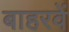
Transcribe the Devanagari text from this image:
बाहरवें